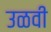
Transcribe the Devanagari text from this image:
उळवी